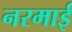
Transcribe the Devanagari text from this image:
नरमाई